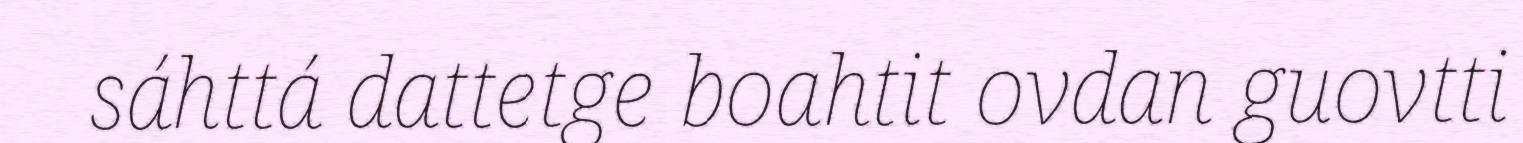
sáhttá dattetge boahtit ovdan guovtti